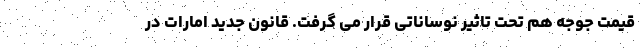
قیمت جوجه هم تحت تاثیر نوساناتی قرار می گرفت. قانون جدید امارات در